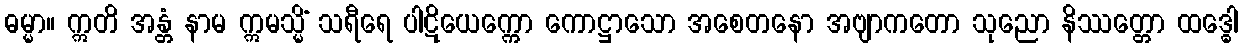
ဓမ္မာ။ ဣတိ အန္တံ နာမ ဣမသ္မိံ သရီရေ ပါဋိယေက္ကော ကောဋ္ဌာသော အစေတနော အဗျာကတော သုညော နိဿတ္တော ထဒ္ဓေါ